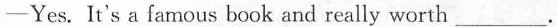
—Yes. It's a famous book and really worth ___.